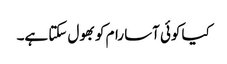
کیا کوئی آسا رام کو بھول سکتا ہے۔